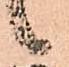
候